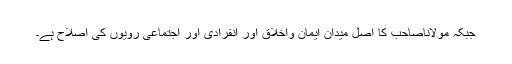
جبکہ مولاناصاحب کا اصل میدان ایمان واخلاق اور انفرادی اور اجتماعی رویوں کی اصلاح ہے۔